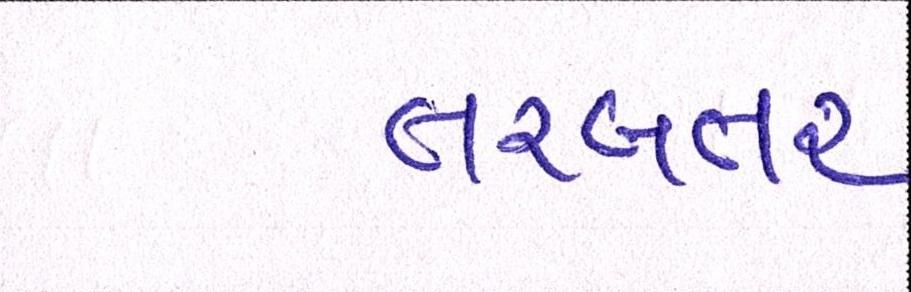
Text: તરબતર